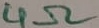
Text: 4Ω